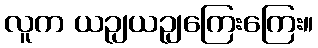
လူက ယဉျယဉျကြေးကြေး။